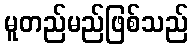
မူတည်မည်ဖြစ်သည်